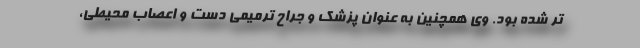
تر شده بود. وی همچنین به عنوان پزشک و جراح ترمیمی دست و اعصاب محیطی،